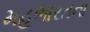
મહભારતના